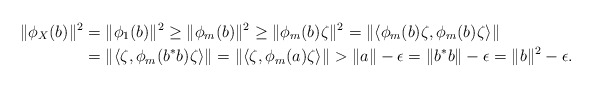
\begin{align*} \| \phi_X(b) \|^2 &= \| \phi_1(b) \|^2 \geq \| \phi_m(b)\|^2 \geq \| \phi_m(b) \zeta \|^2 = \| \langle \phi_m(b) \zeta, \phi_m(b) \zeta \rangle \| \\&= \| \langle \zeta, \phi_m(b^*b) \zeta \rangle \| = \| \langle \zeta, \phi_m(a) \zeta \rangle \| > \| a \| - \epsilon = \| b^* b \| - \epsilon = \| b \|^2 - \epsilon.\end{align*}